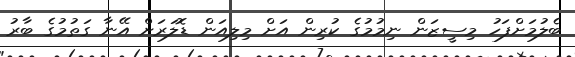
ބެލުމަށްފަހު މިސީޒަން ނިމުމުގެ ކުރިން އަށް މިލިއަން ޑޮލަރަށް އޭނާ ގަތުމުގެ ބާރު